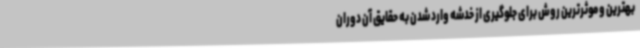
بهترین و موثرترین روش برای جلوگیری از خدشه وارد شدن به حقایق آن دوران